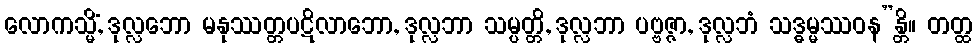
လောကသ္မိံ, ဒုလ္လဘော မနုဿတ္တပဋိလာဘော, ဒုလ္လဘာ သမ္ပတ္တိ, ဒုလ္လဘာ ပဗ္ဗဇ္ဇာ, ဒုလ္လဘံ သဒ္ဓမ္မဿဝန”န္တိ။ တတ္ထ